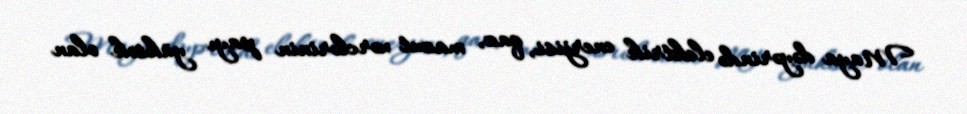
Maya dəyərində elektrik enerjisi, qaz, mazut xərclərinin payı yüksək olan